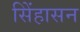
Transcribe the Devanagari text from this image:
सिेंहासन